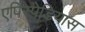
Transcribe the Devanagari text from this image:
एपिस्पेडियास